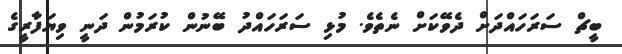
ބީޗް ސަރަހައްދަށް ދެވޭކަށް ނެތެވެ. މުޅި ސަރަހައްދު ބޭނުން ކުރަމުން ދަނީ ވިޔަފާރީގެ